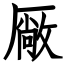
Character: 厰